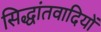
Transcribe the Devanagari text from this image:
सिद्धांतवादियों